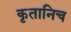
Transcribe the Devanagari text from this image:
कृतानिच